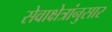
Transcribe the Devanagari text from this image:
सेवाक्षेत्रांनुसार